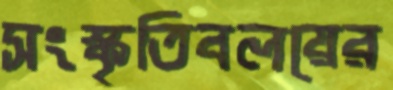
সংস্কৃতিবলয়ের